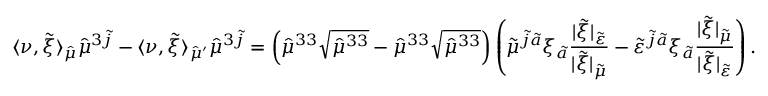
\langle \nu , \tilde { \xi } \rangle _ { \hat { \mu } } \hat { \mu } ^ { 3 \tilde { j } } - \langle \nu , \tilde { \xi } \rangle _ { \hat { \mu } ^ { \prime } } \hat { \mu } ^ { 3 \tilde { j } } = \left( \hat { \mu } ^ { 3 3 } \sqrt { \hat { \mu } ^ { 3 3 } } - \hat { \mu } ^ { 3 3 } \sqrt { \hat { \mu } ^ { 3 3 } } \right) \left( \tilde { \mu } ^ { \tilde { j } \tilde { a } } \xi _ { \tilde { a } } \frac { \lvert \tilde { \xi } \rvert _ { \tilde { \varepsilon } } } { \lvert \tilde { \xi } \rvert _ { \tilde { \mu } } } - \tilde { \varepsilon } ^ { \tilde { j } \tilde { a } } \xi _ { \tilde { a } } \frac { \lvert \tilde { \xi } \rvert _ { \tilde { \mu } } } { \lvert \tilde { \xi } \rvert _ { \tilde { \varepsilon } } } \right) .